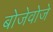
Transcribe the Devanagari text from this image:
बोजेवोजे